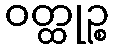
ဝတ္ထုဉ္စ